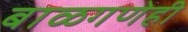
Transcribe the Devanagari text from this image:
बाळगणेही